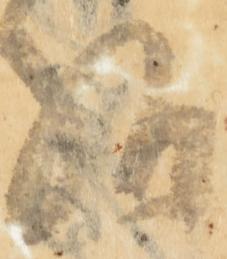
給